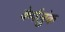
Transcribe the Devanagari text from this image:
केर्पलुंक